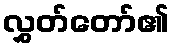
လွှတ်တော်၏